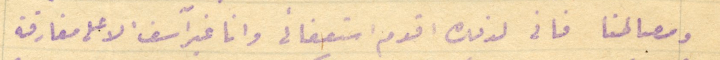
ومصالحنا فانى لذلك اقدم استعفائى وانا غير آسف الا على مفارقة